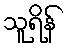
သူရိန်